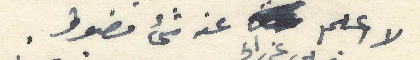
لا اعلم عنه شيء مضبوط. مضبوط.